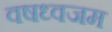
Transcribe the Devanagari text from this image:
वषध्वजम